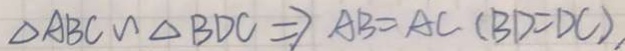
\Delta A B C \sim \Delta B D C \Rightarrow A B = A C ( B D = D C )